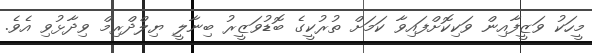
މީހަކު ވަޒީފާއިން ވަކިކޮށްފައިވާ ކަމަށް ތުރުކީގެ ބޮޑުވަޒީރު ބިނާލީ ޔިލްދްރިމް ވިދާޅުވި އެވެ.